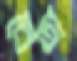
বেতা